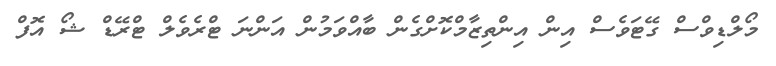
މޯލްޑިވްސް ގޭޓަވެސް އިން އިންތިޒާމްކޮށްގެން ބާއްވަމުން އަންނަ ޓްރެވެލް ޓްރޭޑް ޝޯ އޮފް